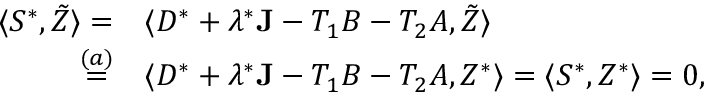
\begin{array} { r l } { \langle S ^ { * } , \tilde { Z } \rangle = } & { \langle D ^ { * } + \lambda ^ { * } \mathbf { J } - T _ { 1 } B - T _ { 2 } A , \tilde { Z } \rangle } \\ { \overset { ( a ) } { = } } & { \langle D ^ { * } + \lambda ^ { * } \mathbf { J } - T _ { 1 } B - T _ { 2 } A , Z ^ { * } \rangle = \langle S ^ { * } , Z ^ { * } \rangle = 0 , } \end{array}